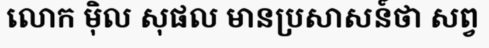
លោក ម៉ិល សុផល មានប្រសាសន៍ថា សព្វ